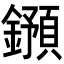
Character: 𨮌